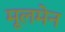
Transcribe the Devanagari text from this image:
मूलमेन